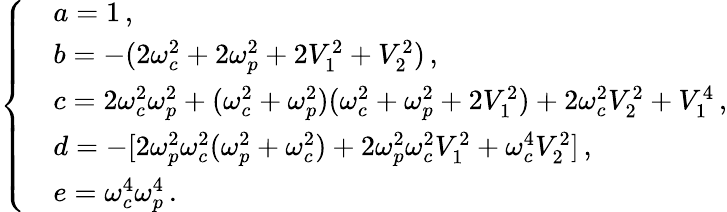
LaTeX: \left\{ \begin{array}{rl}&{a=1\, ,}\\ &{b=-(2{\omega}_{c}^{2}+2{\omega}_{p}^{2}+2V_{1}^{2}+V_{2}^{2})\, ,}\\ &{c=2{\omega}_{c}^{2}{\omega}_{p}^{2}+({\omega}_{c}^{2}+{\omega}_{p}^{2})({\omega}_{c}^{2}+{\omega}_{p}^{2}+2V_{1}^{2})+2{\omega}_{c}^{2}V_{2}^{2}+V_{1}^{4}\, ,}\\ &{d=-[2{\omega}_{p}^{2}{\omega}_{c}^{2}({\omega}_{p}^{2}+{\omega}_{c}^{2})+2{\omega}_{p}^{2}{\omega}_{c}^{2}V_{1}^{2}+{\omega}_{c}^{4}V_{2}^{2}]\, ,}\\ &{e={\omega}_{c}^{4}{\omega}_{p}^{4}\, .}\end{array}\right.